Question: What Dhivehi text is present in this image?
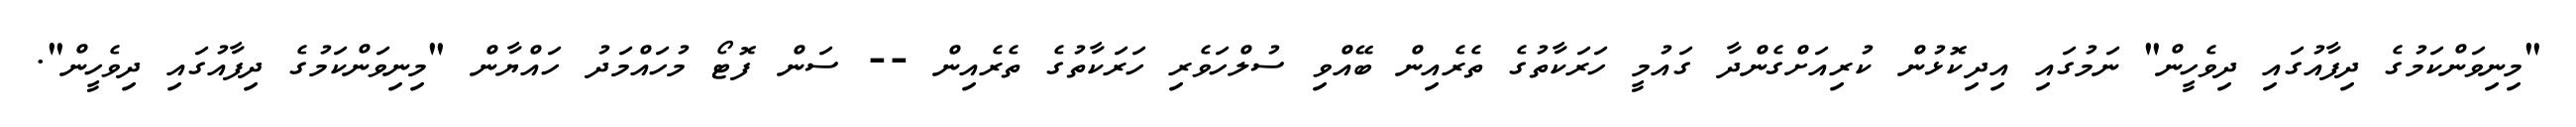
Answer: "މިނިވަންކަމުގެ ދިފާއުގައި ދިވެހީން" ނަމުގައި އިދިކޮޅުން ކުރިއަށްގެންދާ ގައުމީ ހަރަކާތުގެ ތެރެއިން ބޭއްވި ސުލްހަވެރި ހަރަކާތުގެ ތެރެއިން -- ސަން ފޮޓޯ މުހައްމަދު ހައްޔާން "މިނިވަންކަމުގެ ދިފާއުގައި ދިވެހީން".